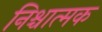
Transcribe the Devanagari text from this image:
निश्चात्मक